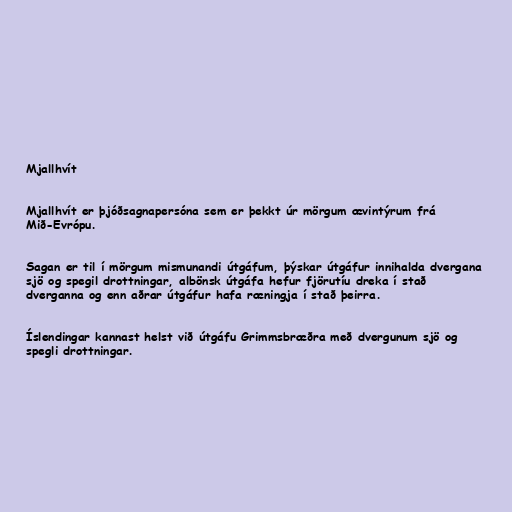
Mjallhvít

Mjallhvít er þjóðsagnapersóna sem er þekkt úr mörgum ævintýrum frá
Mið-Evrópu.

Sagan er til í mörgum mismunandi útgáfum, þýskar útgáfur innihalda dvergana
sjö og spegil drottningar, albönsk útgáfa hefur fjörutíu dreka í stað
dverganna og enn aðrar útgáfur hafa ræningja í stað þeirra.

Íslendingar kannast helst við útgáfu Grimmsbræðra með dvergunum sjö og
spegli drottningar.